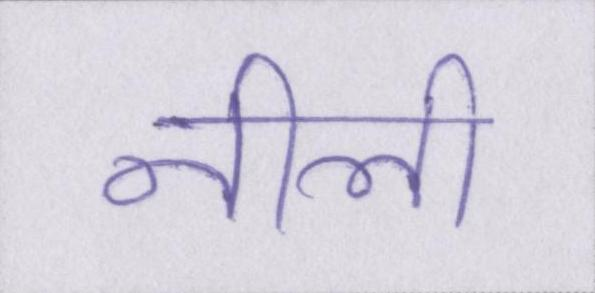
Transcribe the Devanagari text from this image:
नीली